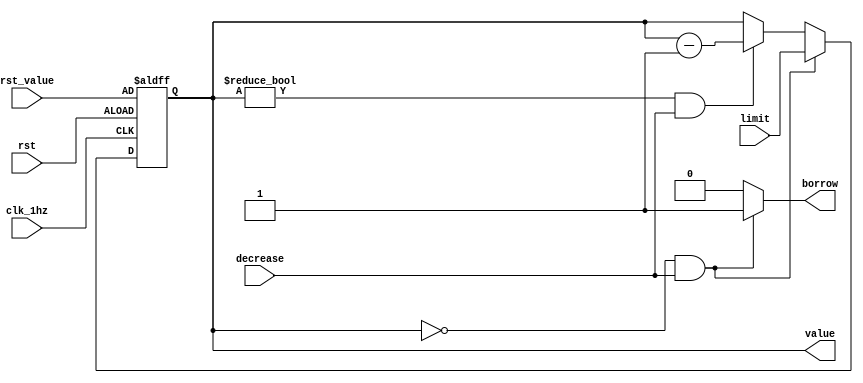
`timescale 1ns / 1ps
//////////////////////////////////////////////////////////////////////////////////
// Company: 
// Engineer: 
// 
// Design Name: 
// Module Name: Udc0
// Project Name: 
// Target Devices: 
// Tool Versions: 
// Description: 
// 
// Dependencies: 
// 
// Revision:
// Revision 0.01 - File Created
// Additional Comments:
// 
//////////////////////////////////////////////////////////////////////////////////

`define enabled 1'b1
`define disabled 1'b0

module Udc0(clk_1hz, rst, decrease, rst_value, limit, value, borrow);
    input clk_1hz, rst, decrease;
    input [3:0] rst_value;
    input [3:0]limit;
    output [3:0] value;
    output borrow;
    
    wire clk_1hz;
    reg [3:0] value_temp;
    reg [3:0] value;
    reg borrow;
    
    
    always @* begin
        if(value == 4'b0 && decrease) begin
            value_temp = limit;
            borrow = `enabled;
        end
        else if(value != 4'b0 && decrease) begin
            value_temp = value - 1'b1;
            borrow = `disabled;
        end
        else begin
            value_temp = value;
            borrow = `disabled;
        end
    end
    
    always @(posedge clk_1hz or negedge rst) begin
        if(~rst) begin
            value <= rst_value;
        end
        else begin
            value <= value_temp;
        end
    end
    
endmodule